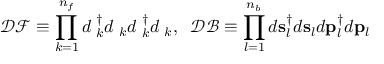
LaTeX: { \mathcal { D } } { \mathcal { F } } \equiv \prod _ { k = 1 } ^ { n _ { f } } d { \bf { \chi } } _ { k } ^ { \dag } d { \bf { \chi } } _ { k } d { \bf { \varphi } } _ { k } ^ { \dag } d { \bf { \varphi } } _ { k } , \; \; { \mathcal { D } } { \mathcal { B } } \equiv \prod _ { l = 1 } ^ { n _ { b } } d { \bf { s } } _ { l } ^ { \dag } d { \bf { s } } _ { l } d { \bf { p } } _ { l } ^ { \dag } d { \bf { p } } _ { l }